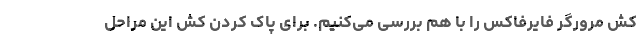
کش مرورگر فایرفاکس را با هم بررسی می‌کنیم. برای پاک کردن کش این مراحل